system: You are a helpful assistant.
user:
Analyze the provided spectrum to determine if it is a **Carbon Star (C-type)**.

- **Key Visual Indicators of Carbon Star:**
    - **(Primary):** Strong molecular absorption from **C₂ (diatomic carbon) "Swan Bands."** This is the **defining feature** of a carbon star.
        - **(Key Bandheads):** Sharp absorption edges are visible at approximately $5635$ Å, $5165$ Å (the strongest band), and $4737$ Å.
        - **(Line Profile):** Creates a distinct **"saw-tooth"** pattern. The key morphology is a sharp, steep bandhead on the **red (long-wavelength) side**, which then gradually tapers off (i.e., flux recovers) towards the **blue (short-wavelength) side**. *(This is the direct opposite of the TiO bands seen in M-type stars)*.

    - **(Secondary):** Intense **CN (cyanogen)** molecular absorption bands.
        - **(Key Bandheads):** Located in the blue and violet regions of the spectrum (e.g., near $4215$ Å and $3883$ Å).
        - **(Morphology):** These bands are extremely broad and act as a "blanket," absorbing the vast majority of blue and violet light. This creates a characteristic **"cliff"** or **"steep drop-off"** in the spectrum's flux at short wavelengths.

    - **(Key Confirmation):** Strong **CH absorption band (G-band)**.
        - **(Key Bandhead):** Located around $4300$ Å. The contribution from CH molecules to this band is exceptionally strong.

    - **(Overall Spectrum):**
        - The continuum is severely "chopped up" by these deep molecular bands, especially C₂, rather than appearing as a smooth curve.
        - Due to the heavy CN and C₂ absorption in the blue-green, the vast majority of the star's flux is concentrated in the red part of the spectrum, giving the star its characteristic deep red color.

Think first, call **spectral_visualization_tool** if needed to examine features in detail, then provide your final answer. Your response must adhere to the following strict rules:
1.  **Overall Structure:** Your response must follow the format `<think>...</think> <tool_call>...</tool_call> (if a tool is used) <answer>...</answer>`.
2.  **Tool Usage Constraint:** You may only make **one** tool call per turn.
3.  **Final Answer Format:** In the `<answer>` tag, your conclusion must be inside a `\boxed{}` command (e.g., `\boxed{YES}`), followed by your justification.

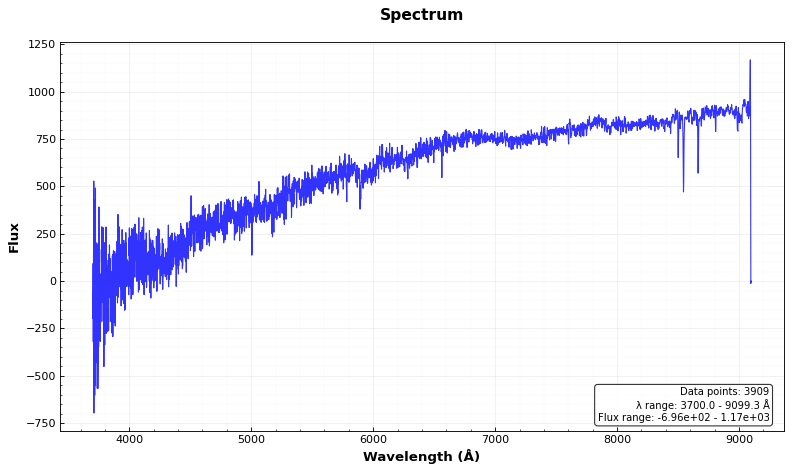
Answer: NO